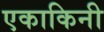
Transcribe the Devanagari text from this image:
एकाकिनी